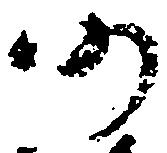
仍